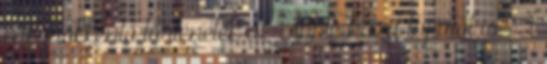
meghökkentő történetek az Apple háza tájáról is . 2